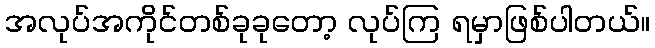
အလုပ်အကိုင်တစ်ခုခုတော့ လုပ်ကြ ရမှာဖြစ်ပါတယ်။